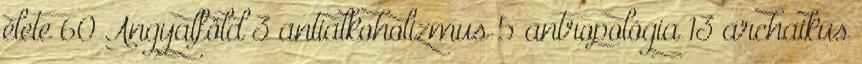
élete 60 Angyalföld 3 antialkoholizmus 5 antropológia 13 archaikus